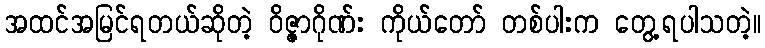
အထင်အမြင်ရတယ်ဆိုတဲ့ ဝိဇ္ဇာဂိုဏ်း ကိုယ်တော် တစ်ပါးက တွေ့ရပါသတဲ့။